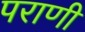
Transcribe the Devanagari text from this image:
पराणी